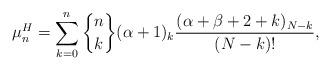
LaTeX: \begin{gather*}\mu_{n}^{H}=\sum\limits_{k=0}^{n}\genfrac{\{}{\}}{0pt}{}{n}{k}(\alpha+1)_{k} \frac{( \alpha+\beta+2+k)_{N-k}}{( N-k) !},\end{gather*}